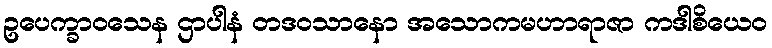
ဥပေက္ခာဝသေန ဌာပါနံ တဒဝသာနော အသောကမဟာရာဇာ ကဒါစိယေဝ